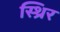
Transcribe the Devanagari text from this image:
स्थ्रिर